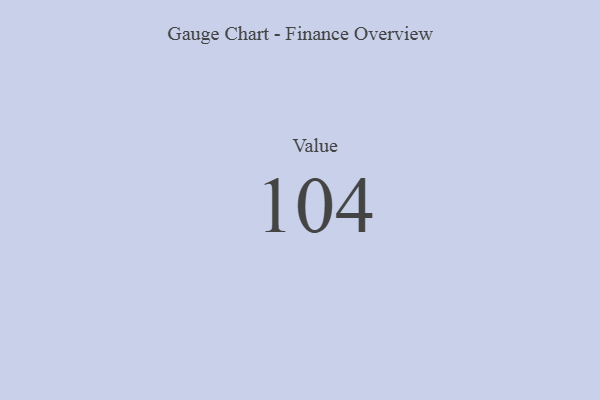
{"axis": {"x": "Metric", "y": "Value"}, "legend": [""], "data": [{"x": "Value", "y": 104, "type": ""}]}